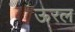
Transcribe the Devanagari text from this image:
ऊरल